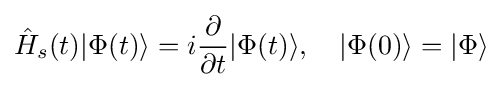
{\hat {H}}_{s}(t)|\Phi (t)\rangle =i{\frac {\partial }{\partial t}}|\Phi (t)\rangle ,\ \ \ |\Phi (0)\rangle =|\Phi \rangle